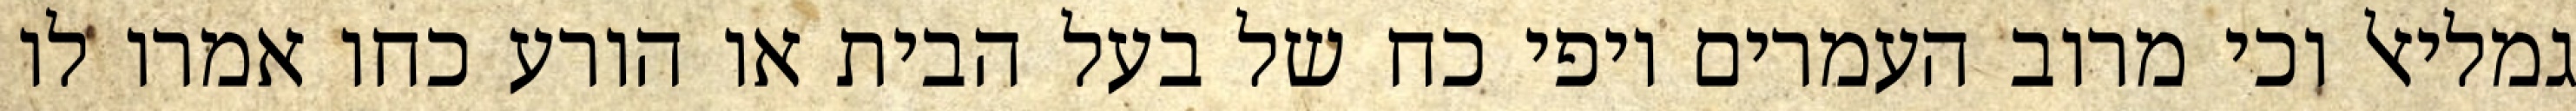
גמליאל וכי מרוב העמרים יופי כח של בעל הבית או הורע כחו אמרו לו